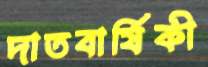
দাতবার্ষিকী